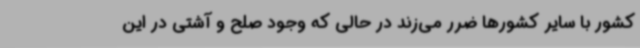
کشور با سایر کشورها ضرر می‌زند در حالی که وجود صلح و آشتی در این